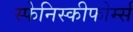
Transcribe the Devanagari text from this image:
स्फेनिस्कीफोर्म्स